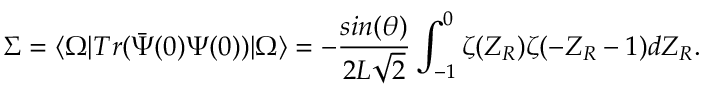
\Sigma = \langle \Omega \vert T r ( { \bar { \Psi } ( 0 ) } \Psi ( 0 ) ) \vert \Omega \rangle = - { \frac { s i n ( \theta ) } { 2 L \sqrt { 2 } } } \int _ { - 1 } ^ { 0 } \zeta ( Z _ { R } ) \zeta ( - Z _ { R } - 1 ) d Z _ { R } .